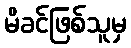
မိခင်ဖြစ်သူမှ